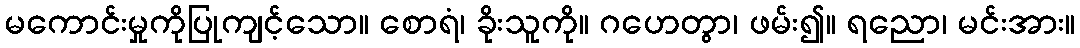
မကောင်းမှုကိုပြုကျင့်သော။ စောရံ၊ ခိုးသူကို။ ဂဟေတွာ၊ ဖမ်း၍။ ရညော၊ မင်းအား။